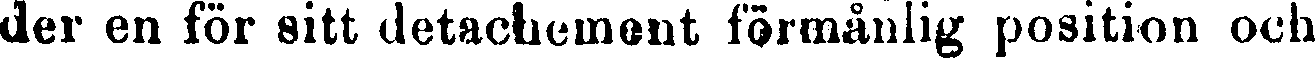
der en för sitt detachement förmånlig position och